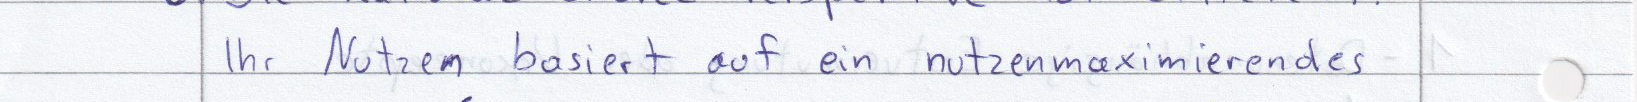
Ihr Nutzen basiert auf ein nutzenmaximierendes